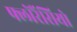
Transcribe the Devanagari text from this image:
फ्लोरैंसियो